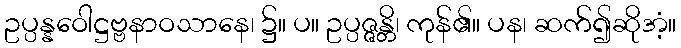
ဥပ္ပန္နဝေါဋ္ဌဗ္ဗနာဝသာနေ၊ ၌။ ပ။ ဥပ္ပဇ္ဇန္တိ၊ ကုန်၏။ ပန၊ ဆက်၍ဆိုအံ့။